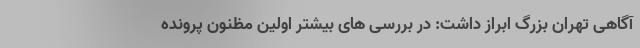
آگاهی تهران بزرگ ابراز داشت: در بررسی های بیشتر اولین مظنون پرونده